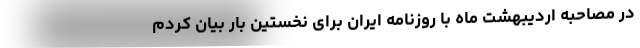
در مصاحبه اردیبهشت ماه با روزنامه ایران برای نخستین بار بیان کردم